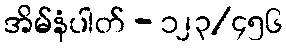
အိမ်နံပါတ် - ၁၂၃/၄၅၆